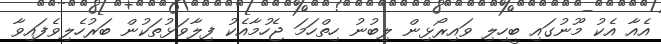
އެއާ އެކު މޫނުގައި ބީހިލި ވައިރޯޅިން ލިބުނު ހިތްހަމަ ޖެހުމާއެކު ފިލާވަޅުތަކުން ބަރުހެލިވެފައިވާ